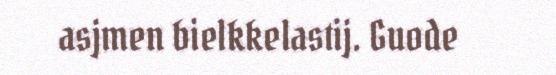
asjmen bielkkelastij. Guode